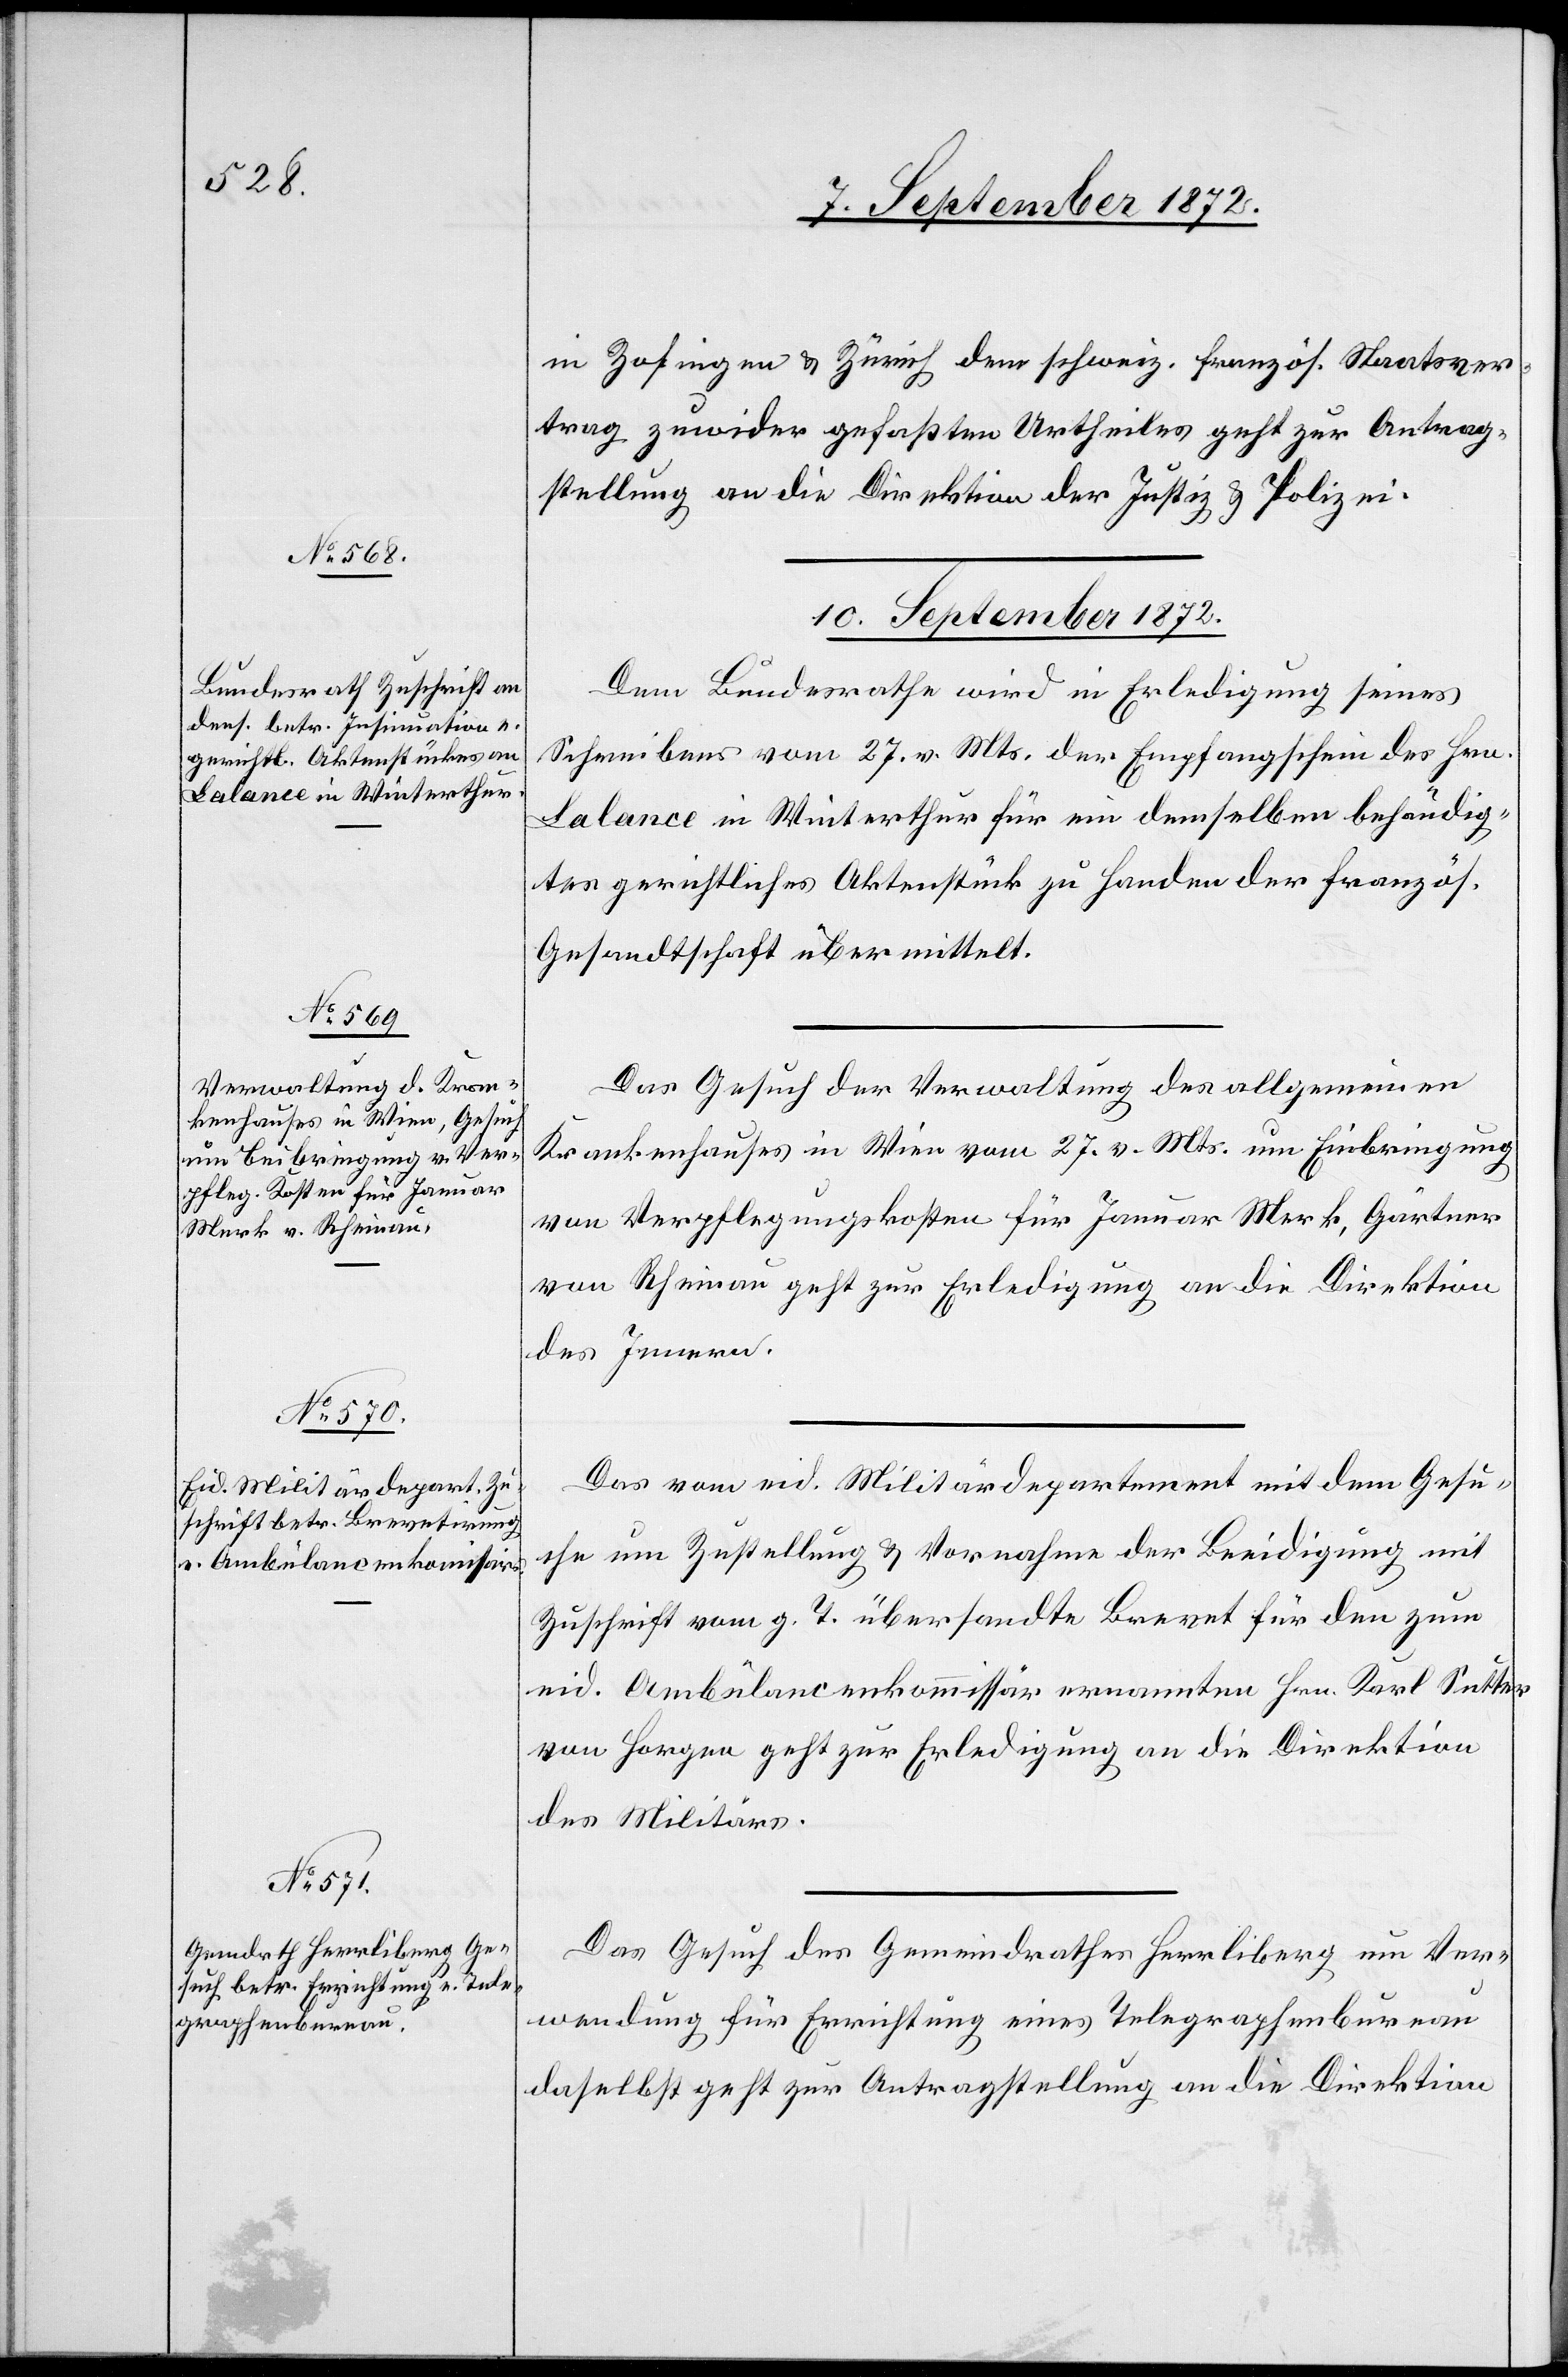
in Zofingen u. Zürich dem schweiz. französ. Staatsver¬
trag zuwider gefaßten Urtheiles geht zur Antrag¬
stellung an die Direktion der Justiz u. Polizei.
10. September 1872.]
Dem Bundesrathe wird in Erledigung seines
Schreibens vom 27. v. Mts. der Empfangschein des Hrn.
Lalance in Winterthur für ein demselben behändig¬
tes gerichtliches Aktenstück zu Handen der französ.
Gesandtschaft übermittelt.
Das Gesuch der Verwaltung des allgemeinen
Krankenhauses in Wien vom 27. v. Mts. um Einbringung
von Verpflegungskosten für Januar Merk, Gärtner
von Rheinau geht zur Erledigung an die Direktion
des Innern.
Das vom eid. Militärdepartement mit dem Gesu¬
ch um Zustellung u. Vornahme der Beeidigung mit
Zuschrift vom g. T. übersandte Brevet für den zum
eid. Ambülancenkommissär ernannten Hrn. Karl Sutter
von Horgen geht zur Erledigung an die Direktion
des Militärs.
Das Gesuch des Gemeindrathes Herrliberg um Ver¬
wendung für Errichtung eines Telegraphenbureau
daselbst geht zur Antragstellung an die Direktion